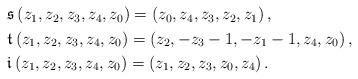
\begin{align*}\begin{aligned}&\mathfrak{s}\,(z_1,z_2,z_3,z_4,z_0) = (z_0,z_4,z_3,z_2,z_1) \,,\\& \mathfrak{t}\,(z_1,z_2,z_3,z_4,z_0) = (z_2,-z_3-1,-z_1-1,z_4,z_0) \,,\\& \mathfrak{i}\,(z_1,z_2,z_3,z_4,z_0) = (z_1,z_2,z_3,z_0,z_4)\,.\end{aligned}\end{align*}